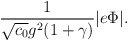
\begin{align*}{1 \over \sqrt{c_0} g^2(1+\gamma)}|e\Phi|.\end{align*}